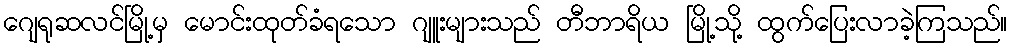
ဂျေရုဆလင်မြို့မှ မောင်းထုတ်ခံရသော ဂျူးများသည် တီဘာရိယ မြို့သို့ ထွက်ပြေးလာခဲ့ကြသည်။